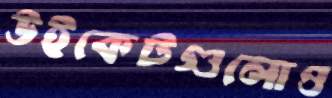
উইকেটগুলোও